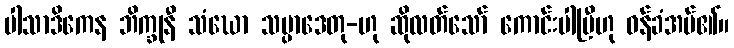
ပါသာဒိကေန ဘိက္ခုနီ သံဃော သမ္ပာဒေတု-ဟု ဆိုလတ်သော် ကောင်းပါပြီဟု ဝန်ခံအပ်၏။